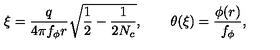
\xi = \frac { q } { 4 \pi f _ { \phi } r } \sqrt { \frac { 1 } { 2 } - \frac { 1 } { 2 N _ { c } } } , \qquad \theta ( \xi ) = \frac { \phi ( r ) } { f _ { \phi } } ,